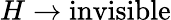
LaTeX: H\rightarrow\mathrm{invisible}